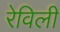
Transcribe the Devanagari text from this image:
रेविली